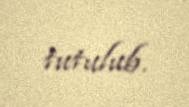
tutulub.